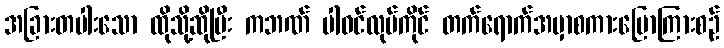
အခြားတပါးသော ထိုသို့ဆိုပြီး ကဘဏ် ပါဝင်လုပ်ကိုင် တက်ရောက်အမှာစကားပြောကြားစဉ်